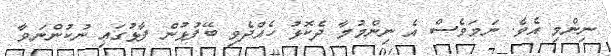
ނިންމި އެވެ. ނަމަވެސް އެ ނިންމުމާ ދެކޮޅު ހެއްދެވި ބޭފުޅުން ފާޅުގައި ނުކުންނަވާ